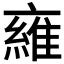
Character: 𬽜